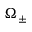
\Omega _ { \pm }